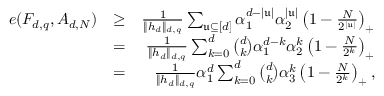
\begin{array} { r l r } { e ( F _ { d , q } , A _ { d , N } ) } & { \ge } & { \frac { 1 } { \| h _ { d } \| _ { d , q } } \sum _ { \mathfrak { u } \subseteq [ d ] } \alpha _ { 1 } ^ { d - | \mathfrak { u } | } \alpha _ { 2 } ^ { | \mathfrak { u } | } \left( 1 - \frac { N } { 2 ^ { | \mathfrak { u } | } } \right) _ { + } } \\ & { = } & { \frac { 1 } { \| h _ { d } \| _ { d , q } } \sum _ { k = 0 } ^ { d } { \binom { d } { k } } \alpha _ { 1 } ^ { d - k } \alpha _ { 2 } ^ { k } \left( 1 - \frac { N } { 2 ^ { k } } \right) _ { + } } \\ & { = } & { \frac { 1 } { \| h _ { d } \| _ { d , q } } \alpha _ { 1 } ^ { d } \sum _ { k = 0 } ^ { d } { \binom { d } { k } } \alpha _ { 3 } ^ { k } \left( 1 - \frac { N } { 2 ^ { k } } \right) _ { + } , } \end{array}